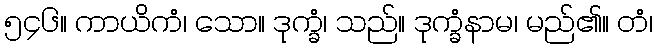
၅၄၆။ ကာယိကံ၊ သော။ ဒုက္ခံ၊ သည်။ ဒုက္ခံနာမ၊ မည်၏။ တံ၊